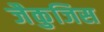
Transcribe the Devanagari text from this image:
जैकुजिस